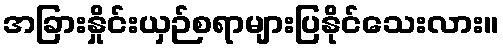
အခြားနှိုင်းယှဉ်စရာများပြနိုင်သေးလား။